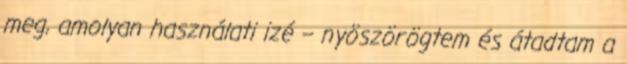
meg, amolyan használati izé – nyöszörögtem és átadtam a